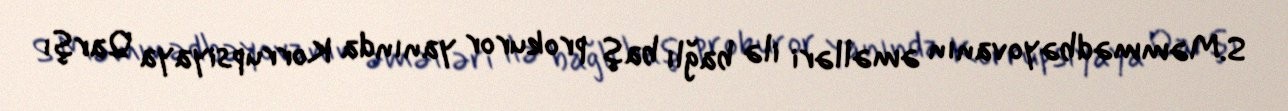
S.Məmmədbəyovanın əməlləri ilə bağlı baş prokuror yanında Korrupsiyaya Qarşı